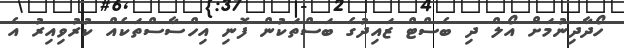
ހޯދާދިނުމަށް އޯލް ދި ބެސްޓް ޒައިދުގެ ބަސްތަކުން ފޮނި އިހްސާސްތަކެއް ކުރުވިއިރު އެ